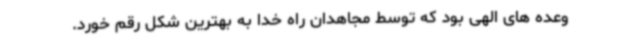
وعده های الهی بود که توسط مجاهدان راه خدا به بهترین شکل رقم خورد.